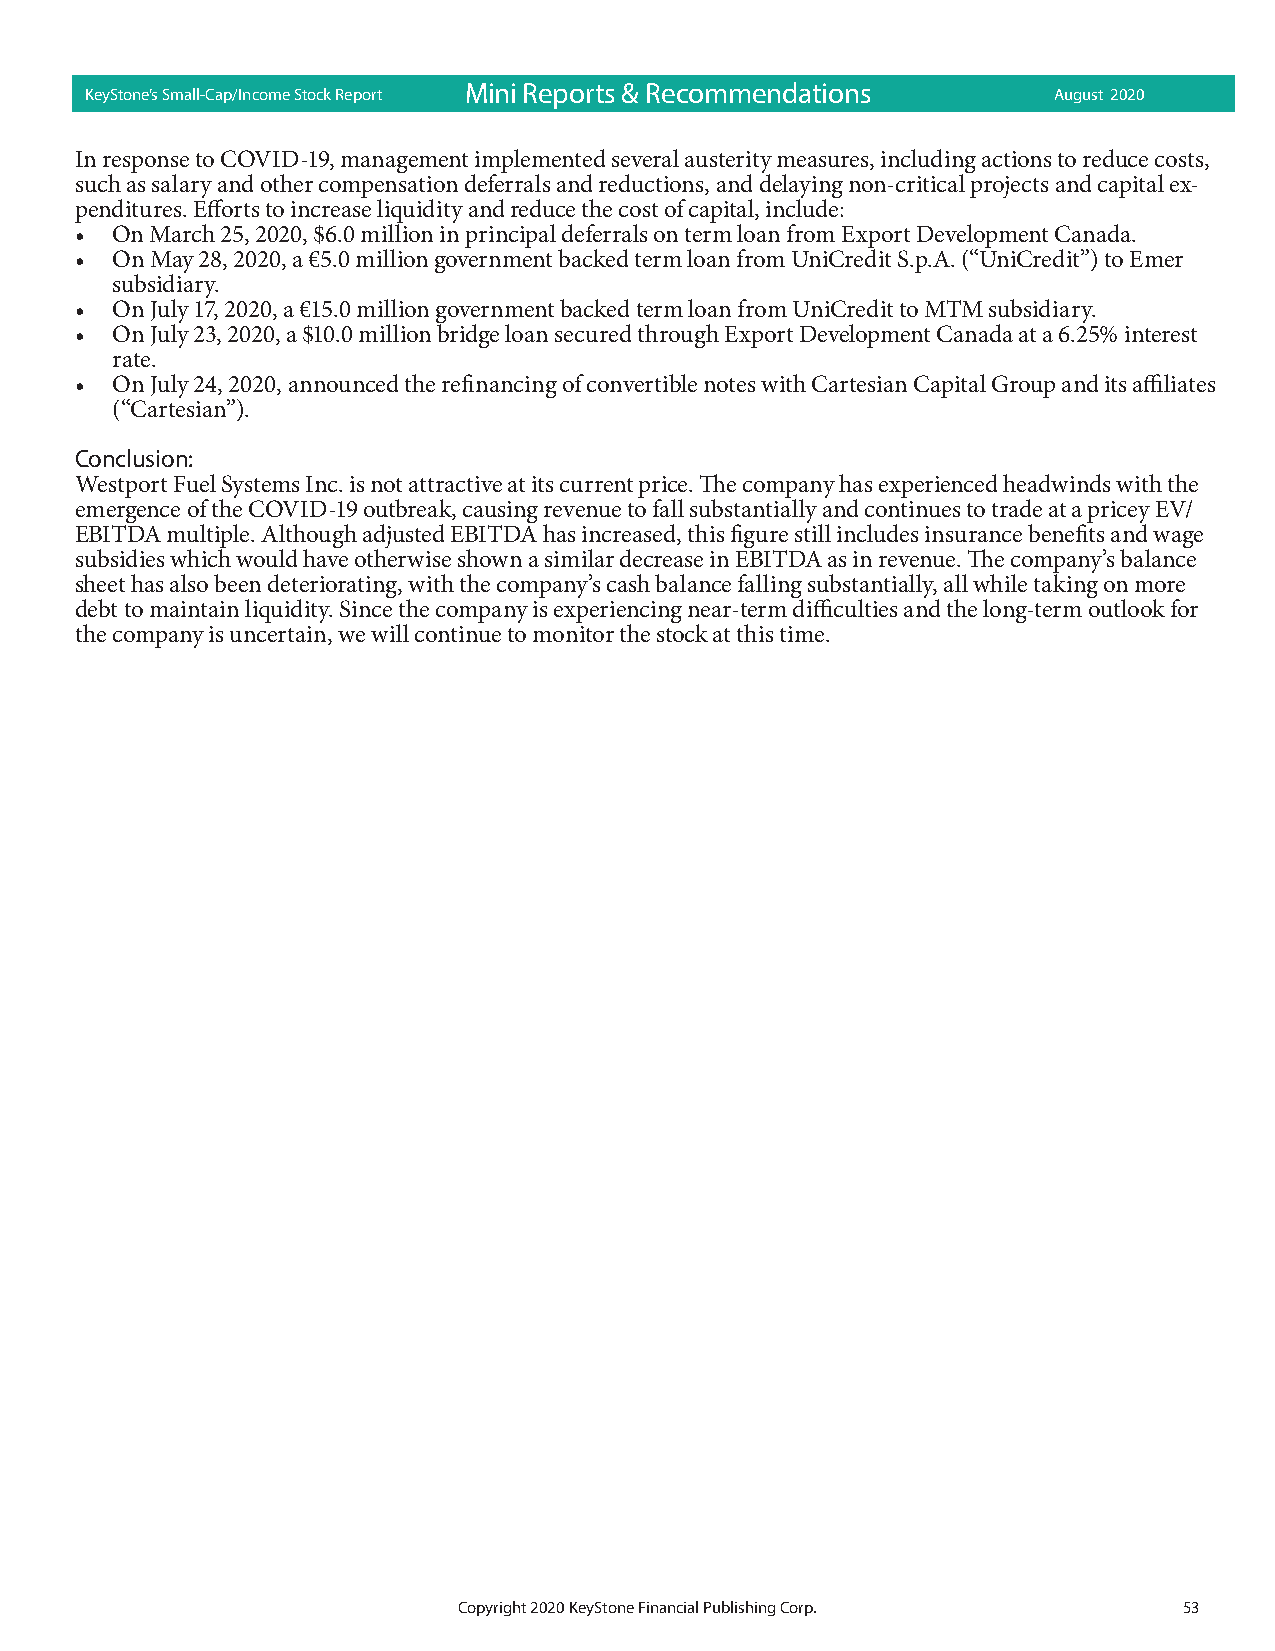
KeyStone’s Small-Cap/Income Stock Report Mini R eports & Rec omme ndatio ns August 2020
 In response to COVID-19, management implemented several austerity measures, including actions to reduce costs,
 such as salary and other compensation deferrals and reductions, and delaying non-critical projects and capital ex-
 penditures. Efforts to increase liquidity and reduce the cost of capital, include:
 • On March 25, 2020, $6.0 million in principal deferrals on term loan from Export Development Canada.
 • On May 28, 2020, a €5.0 million government backed term loan from UniCredit S.p.A. (“UniCredit”) to Emer
 subsidiary.
 • On July 17, 2020, a €15.0 million government backed term loan from UniCredit to MTM subsidiary.
 • On July 23, 2020, a $10.0 million bridge loan secured through Export Development Canada at a 6.25% interest
 rate.
 • On July 24, 2020, announced the refinancing of convertible notes with Cartesian Capital Group and its affiliates
 (“Cartesian”).
 Conclusion:
 Westport Fuel Systems Inc. is not attractive at its current price. The company has experienced headwinds with the
 emergence of the COVID-19 outbreak, causing revenue to fall substantially and continues to trade at a pricey EV/
 EBITDA multiple. Although adjusted EBITDA has increased, this figure still includes insurance benefits and wage
 subsidies which would have otherwise shown a similar decrease in EBITDA as in revenue. The company’s balance
 sheet has also been deteriorating, with the company’s cash balance falling substantially, all while taking on more
 debt to maintain liquidity. Since the company is experiencing near-term difficulties and the long-term outlook for
 the company is uncertain, we will continue to monitor the stock at this time.
 Copyright 2020 KeyStone Financial Publishing Corp. 53